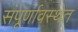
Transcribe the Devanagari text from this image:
संपूर्णावस्थेत